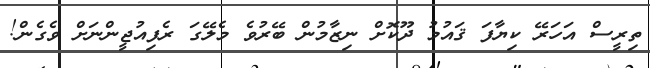
ތިރީސް އަހަރޭ ކިޔާފަ ޤައުމު ދޫކޮށް ނިޒާމުން ބޭރުވެ މެލޭގަ ރެފިއުޖީންނަށް ވެގެން!